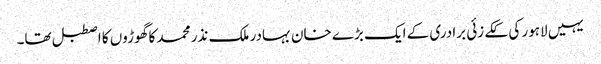
یہیں لاہور کی ککے زئی برادری کے ایک بڑے خان بہادر ملک نذر محمد کا گھوڑوں کا اصطبل تھا۔